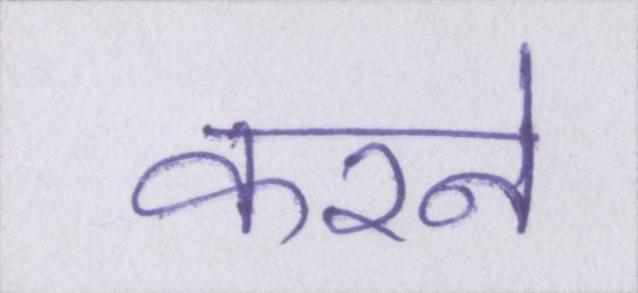
करने